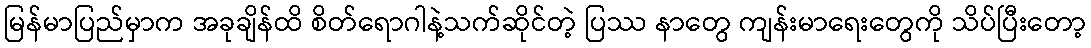
မြန်မာပြည်မှာက အခုချိန်ထိ စိတ်ရောဂါနဲ့သက်ဆိုင်တဲ့ ပြဿ နာတွေ ကျန်းမာရေးတွေကို သိပ်ပြီးတော့